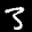
Label: 3